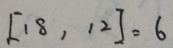
[ 1 8 , 1 2 ] = 6